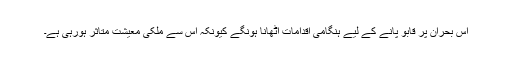
اس بحران پر قابو پانے کے لیے ہنگامی اقدامات اٹھانا ہونگے کیونکہ اس سے ملکی معیشت متاثر ہورہی ہے۔